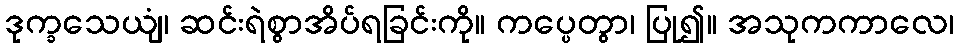
ဒုက္ခသေယျံ၊ ဆင်းရဲစွာအိပ်ရခြင်းကို။ ကပ္ပေတွာ၊ ပြု၍။ အသုကကာလေ၊